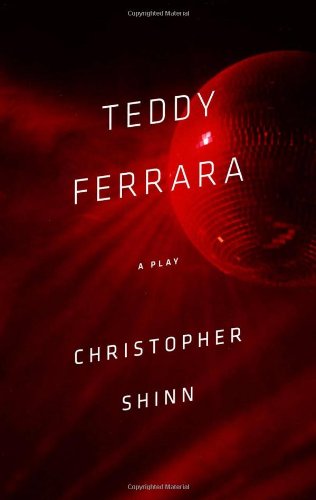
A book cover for Teddy Ferrara (TCG Edition); Christopher Shinn; Literature & Fiction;